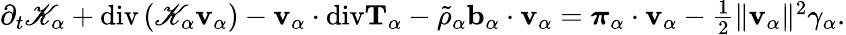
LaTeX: \begin{array}{r}{\partial_{t}\mathscr{K}_{\alpha}+\mathrm{div}\left(\mathscr{K}_{\alpha}\mathbf{v}_{\alpha}\right)-\mathbf{v}_{\alpha}\cdot\mathrm{div}\mathbf{T}_{\alpha}-\tilde{\rho}_{\alpha}\mathbf{b}_{\alpha}\cdot\mathbf{v}_{\alpha}=\boldsymbol{\pi}_{\alpha}\cdot\mathbf{v}_{\alpha}-\frac{1}{2}\| \mathbf{v}_{\alpha}\| ^{2}\gamma_{\alpha}.}\end{array}